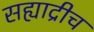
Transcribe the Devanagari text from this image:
सह्याद्रीच